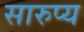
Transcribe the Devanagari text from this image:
सारुप्य